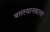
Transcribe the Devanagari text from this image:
बसस्थानकाला